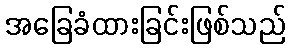
အခြေခံထားခြင်းဖြစ်သည်